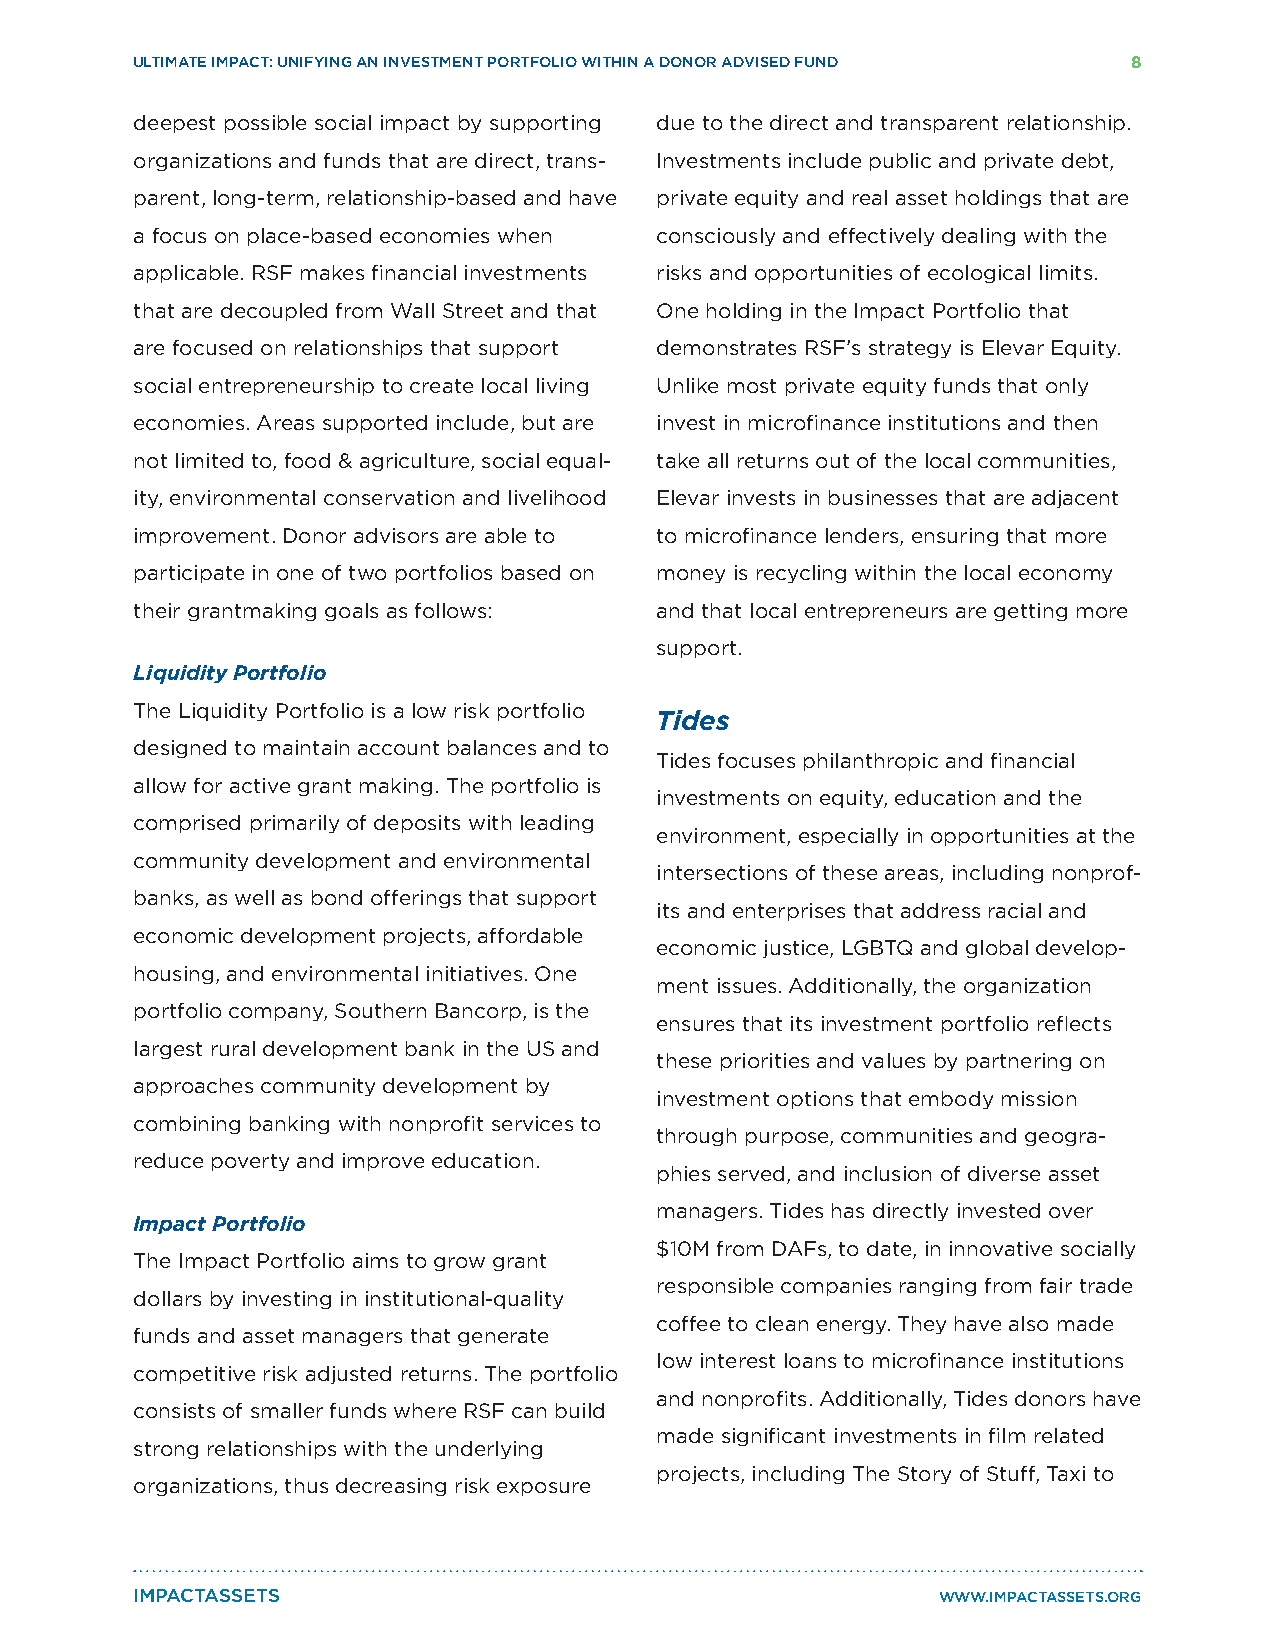
ULTIMATE IMPACT: UNIFYING AN INVESTMENT PORTFOLIO WITHIN A DONOR ADVISED FUND 8
 deepest possible social impact by supporting due to the direct and transparent relationship.
 organizations and funds that are direct, trans- Investments include public and private debt,
 parent, long-term, relationship-based and have private equity and real asset holdings that are
 a focus on place-based economies when consciously and effectively dealing with the
 applicable. RSF makes financial investments risks and opportunities of ecological limits.
 that are decoupled from Wall Street and that One holding in the Impact Portfolio that
 are focused on relationships that support demonstrates RSF’s strategy is Elevar Equity.
 social entrepreneurship to create local living Unlike most private equity funds that only
 economies. Areas supported include, but are invest in microfinance institutions and then
 not limited to, food & agriculture, social equal- take all returns out of the local communities,
 ity, environmental conservation and livelihood Elevar invests in businesses that are adjacent
 improvement. Donor advisors are able to to microfinance lenders, ensuring that more
 participate in one of two portfolios based on money is recycling within the local economy
 their grantmaking goals as follows: and that local entrepreneurs are getting more
 support.
 Liquidity Portfolio
 The Liquidity Portfolio is a low risk portfolio
 Tides
 designed to maintain account balances and to
 Tides focuses philanthropic and financial
 allow for active grant making. The portfolio is
 investments on equity, education and the
 comprised primarily of deposits with leading
 environment, especially in opportunities at the
 community development and environmental
 intersections of these areas, including nonprof-
 banks, as well as bond offerings that support
 its and enterprises that address racial and
 economic development projects, affordable
 economic justice, LGBTQ and global develop-
 housing, and environmental initiatives. One
 ment issues. Additionally, the organization
 portfolio company, Southern Bancorp, is the
 ensures that its investment portfolio reflects
 largest rural development bank in the US and
 these priorities and values by partnering on
 approaches community development by
 investment options that embody mission
 combining banking with nonprofit services to
 through purpose, communities and geogra-
 reduce poverty and improve education.
 phies served, and inclusion of diverse asset
 managers. Tides has directly invested over
 Impact Portfolio
 $10M from DAFs, to date, in innovative socially
 The Impact Portfolio aims to grow grant
 responsible companies ranging from fair trade
 dollars by investing in institutional-quality
 coffee to clean energy. They have also made
 funds and asset managers that generate
 low interest loans to microfinance institutions
 competitive risk adjusted returns. The portfolio
 and nonprofits. Additionally, Tides donors have
 consists of smaller funds where RSF can build
 made significant investments in film related
 strong relationships with the underlying
 projects, including The Story of Stuff, Taxi to
 organizations, thus decreasing risk exposure
 IMPACTASSETS                                         WWW.IMPACTASSETS.ORG